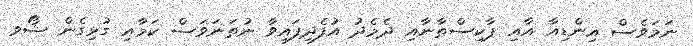
ނަމަވެސް އިންޑިއާ އާއި ޕާކިސްތާނާއި ދެމެެދު އުފެދިފައިވާ ނުތަނަވަސް ކަމާއި ގުޅިގެން ޝޯވ